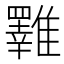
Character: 𩁇